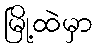
မြို့ထဲမှာ